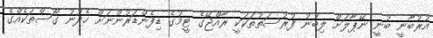
އުރުބާނީ ބުނީ ނޭޕާލަށް ލިބުނު ފުރުސަތުތަކަކީ ރާއްޖޭގެ ޓީމުގެ ޑިފެންޑަރުންނަށް ހެދުނު ގޯސްތަކެއްގެ